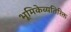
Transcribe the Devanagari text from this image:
भूमिकेव्यतिरिक्त